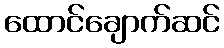
ထောင်ချောက်ဆင်